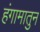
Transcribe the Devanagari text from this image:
हंगामातुन